Indian journal of veterinary science and animal husbandry - Volumes 18-21, 1948-1951
Year: 1948
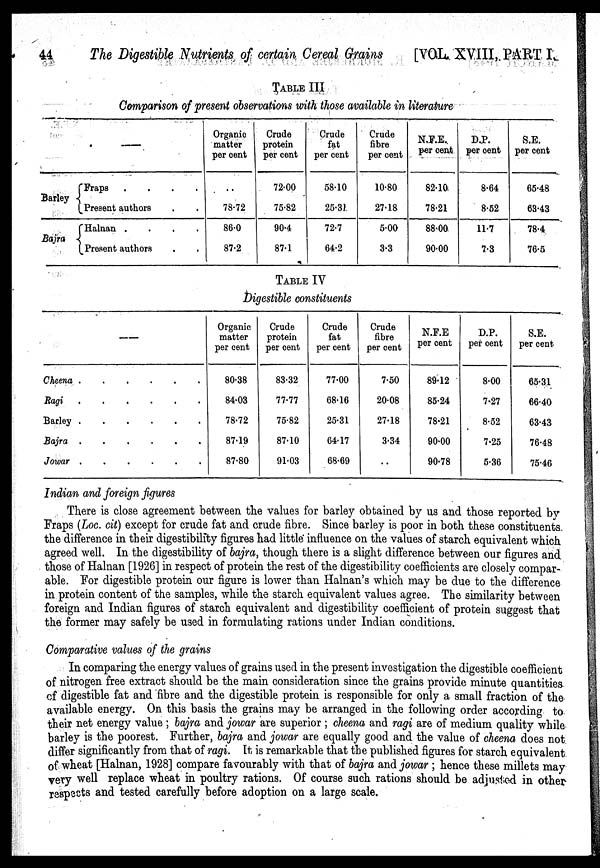
44
The Digestible Nutrients of certain Cereal Grains [VOL. XVIII, PART I.
TABLE III
Comparison of present observations with those available in literature
—
Barley { Fraps
.
.
.
.
Present authors . .
Bajra { Halnan
.
.
.
.
Present authors . .
Organic
matter
per cent
..
78.72
86.0
87.2
Crude
protein
per cent
72.00
75.82
90.4
87.1
Crude
fat
per cent
58.10
25.31
72.7
64.2
Crude
fibre
per cent
10.80
27.18
5.00
3.3
N.F.E.
per cent
82.10
78.21
88.00
90.00
D.P.
per cent
8.64
8.52
11.7
7.3
S.E.
per cent
65.48
63.43
78.4
76.5
TABLE IV
Digestible constituents
—
Cheena
.
.
.
.
.
.
Ragi
.
.
.
.
.
.
Barley
.
.
.
.
.
.
Bajra
.
.
.
.
.
.
Jowar
.
.
.
.
.
Organic
matter
per cent
80.38
84.03
78.72
87.19
87.80
Crude
protein
per cent
83.32
77.77
75.82
87.10
91.03
Crude
fat
per cent
77.00
68.16
25.31
64.17
68.69
Crude
fibre
per cent
7.50
20.08
27.18
3.34
..
N.F.E
per cent
89.12
85.24
78.21
90.00
90.78
D.P.
per cent
8.00
7.27
8.52
7.25
5.36
S.E.
per cent
65.31
66.40
63.43
76.48
75.46
Indian and foreign figures
There is close agreement between the values for barley obtained by us and those reported by
Fraps (Loc. cit) except for crude fat and crude fibre. Since barley is poor in both these constituents
the difference in their digestibility figures had little influence on the values of starch equivalent which
agreed well. In the digestibility of bajra, though there is a slight difference between our figures and
those of Halnan [1926] in respect of protein the rest of the digestibility coefficients are closely compar-
able. For digestible protein our figure is lower than Halnan's which may be due to the difference
in protein content of the samples, while the starch equivalent values agree. The similarity between
foreign and Indian figures of starch equivalent and digestibility coefficient of protein suggest that
the former may safely be used in formulating rations under Indian conditions.
Comparative values of the grains
In comparing the energy values of grains used in the present investigation the digestible coefficient
of nitrogen free extract should be the main consideration since the grains provide minute quantities
of digestible fat and fibre and the digestible protein is responsible for only a small fraction of the
available energy. On this basis the grains may be arranged in the following order according to
their net energy value ; bajra and jowar are superior ; cheena and ragi are of medium quality while
barley is the poorest. Further, bajra and jowar are equally good and the value of cheena does not
differ significantly from that of ragi. It is remarkable that the published figures for starch equivalent
of wheat [Halnan, 1928] compare favourably with that of bajra and jowar ; hence these millets may
very well replace wheat in poultry rations. Of course such rations should be adjusted in other
respects and tested carefully before adoption on a large scale.